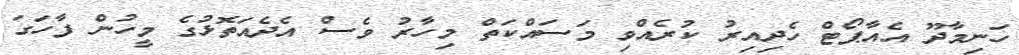
ހަނިމާދޫ އެއާޕޯޓް ހެދިއިރު ކުރެއްވި މަސައްކަތް މިހާރު ވެސް އެދެއަތޮޅުގެ މީހުން ފާހަގަ